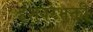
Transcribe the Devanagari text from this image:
ईशवरभक्ती